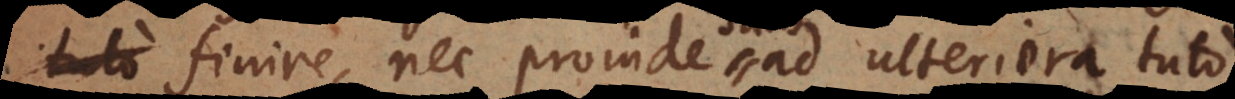
finire, nec proinde ad ulteriora tuto